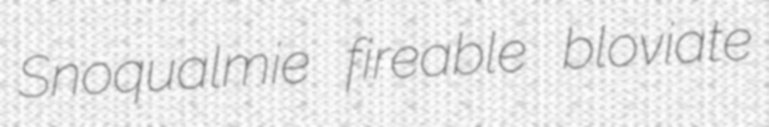
Snoqualmie fireable bloviate